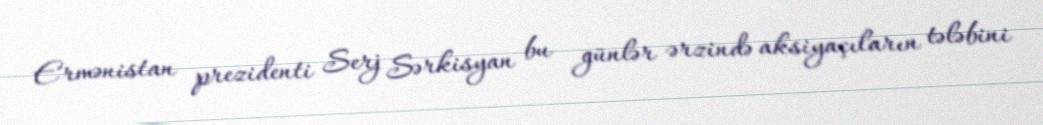
Ermənistan prezidenti Serj Sərkisyan bu günlər ərzində aksiyaçıların tələbini